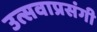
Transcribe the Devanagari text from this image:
उत्सवाप्रसंगी